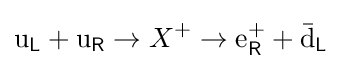
\mathrm {u} _{\mathsf {L}}+\mathrm {u} _{\mathsf {R}}\to X^{+}\to \mathrm {e} _{\mathsf {R}}^{+}+\mathrm {\bar {d}} _{\mathsf {L}}\